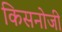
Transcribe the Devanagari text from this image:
किसनोजी